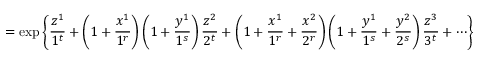
= \exp \left\{ \frac { { z } ^ { 1 } } { 1 ^ { t } } + \left( 1 + \frac { { x } ^ { 1 } } { 1 ^ { r } } \right) \left( 1 + \frac { { y } ^ { 1 } } { 1 ^ { s } } \right) \frac { { z } ^ { 2 } } { 2 ^ { t } } + \left( 1 + \frac { { x } ^ { 1 } } { 1 ^ { r } } + \frac { { x } ^ { 2 } } { 2 ^ { r } } \right) \left( 1 + \frac { { y } ^ { 1 } } { 1 ^ { s } } + \frac { { y } ^ { 2 } } { 2 ^ { s } } \right) \frac { { z } ^ { 3 } } { 3 ^ { t } } + \cdots \right\}